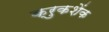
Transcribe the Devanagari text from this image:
क्रुकशेंक